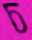
চ